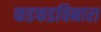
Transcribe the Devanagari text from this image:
फडफडविनारा